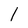
Character: l